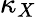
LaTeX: \kappa_{X}